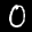
Label: 0